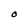
Character: O